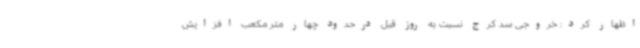
اظهار کرد: خروجی سد کرج نسبت به روز قبل درحدود چهار متر مکعب افزایش